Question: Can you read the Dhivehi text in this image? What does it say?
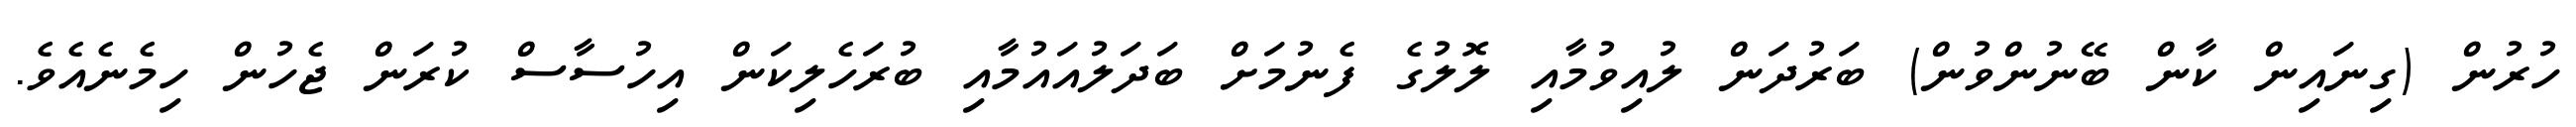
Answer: ހުރުން (ގިނައިން ކާން ބޭނުންވުން) ބަރުދަން ލުއިވުމާއި ލޮލުގެ ފެނުމަށް ބަދަލުއައުމާއި ބުރަހެލިކަން އިހުސާސް ކުރަން ޖެހުން ހިމެނެއެވެ.